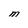
Character: M